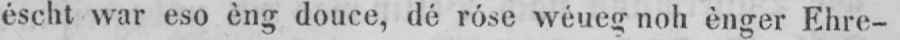
éscht war eso èng douce, dé róse wéueg noh ènger Ehre-